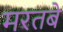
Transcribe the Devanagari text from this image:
मरतबे